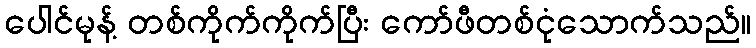
ပေါင်မုန့် တစ်ကိုက်ကိုက်ပြီး ကော်ဖီတစ်ငုံသောက်သည်။